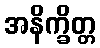
အနိက္ခိတ္တ